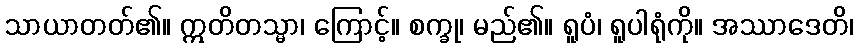
သာယာတတ်၏။ ဣတိတသ္မာ၊ ကြောင့်။ စက္ခု၊ မည်၏။ ရူပံ၊ ရူပါရုံကို။ အဿာဒေတိ၊